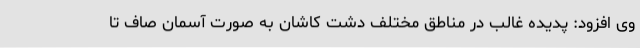
وی افزود: پدیده غالب در مناطق مختلف دشت کاشان به صورت آسمان صاف تا